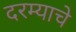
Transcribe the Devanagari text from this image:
दरम्याचे